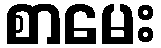
စာမေး